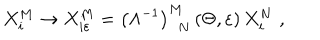
X _ { i } ^ { M } \rightarrow X _ { i \varepsilon } ^ { M } = \left( \Lambda ^ { - 1 } \right) _ { \, \, \, N } ^ { M } \left( \Theta , \varepsilon \right) X _ { i } ^ { N } \, \, ,